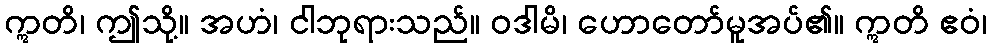
ဣတိ၊ ဤသို့။ အဟံ၊ ငါဘုရားသည်။ ဝဒါမိ၊ ဟောတော်မူအပ်၏။ ဣတိ ဧဝံ၊